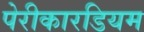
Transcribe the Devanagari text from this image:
पेरीकारडियम